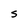
Character: S